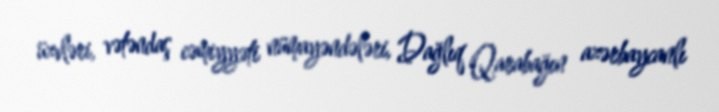
üzvləri, vətəndaş cəmiyyəti nümayəndələri, Dağlıq Qarabağın azərbaycanlı